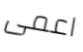
اعمى